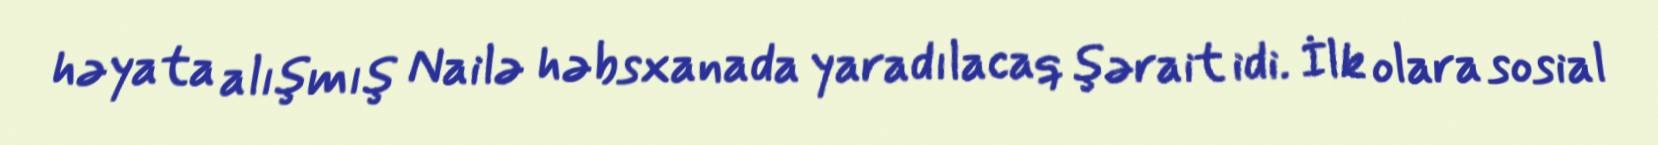
həyata alışmış Nailə həbsxanada yaradılacaq şərait idi. İlk olara sosial